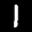
Label: 1